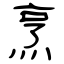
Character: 烹